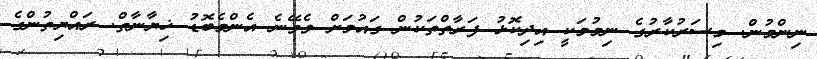
ނިންމުން. މިސަރުކާރުގެ ނިމުމަކީ އިދިކޮޅު ފަރާތްތަކުން ގައުމަށް ވެވޭނެ އެންމެބޮޑު ޚިޔާނާތް. ރައްޔިތުންގެ